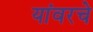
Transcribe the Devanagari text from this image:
यांवरचे